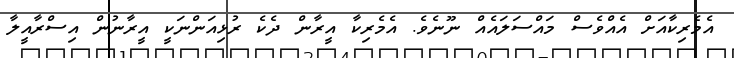
އެމެރިކާއަށް އެއްވެސް މައްސަލައެއް ނޫނެވެ. އެމެރިކާ އީރާން ދެކެ ރުޅިއަންނަކީ އީރާނުން އިސްރާއީލާ